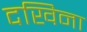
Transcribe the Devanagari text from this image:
दखिना